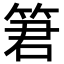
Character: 䇹